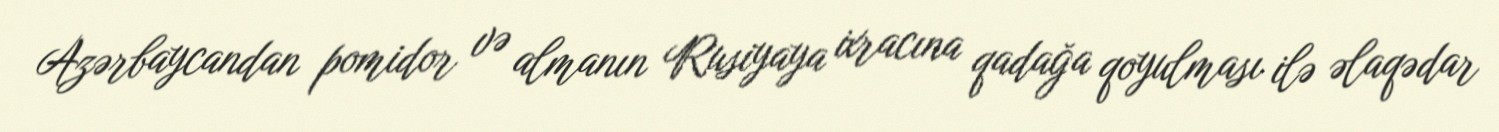
Azərbaycandan pomidor və almanın Rusiyaya ixracına qadağa qoyulması ilə əlaqədar